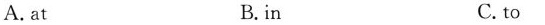
A. at B. in C. to